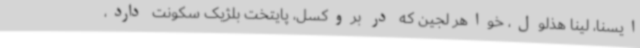
ایسنا، لینا هذلول، خواهر لجین که در بروکسل، پایتخت بلژیک سکونت دارد،